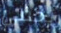
يخفى